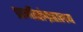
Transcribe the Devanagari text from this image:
प्राणीसंग्रहालय